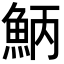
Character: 𩶁